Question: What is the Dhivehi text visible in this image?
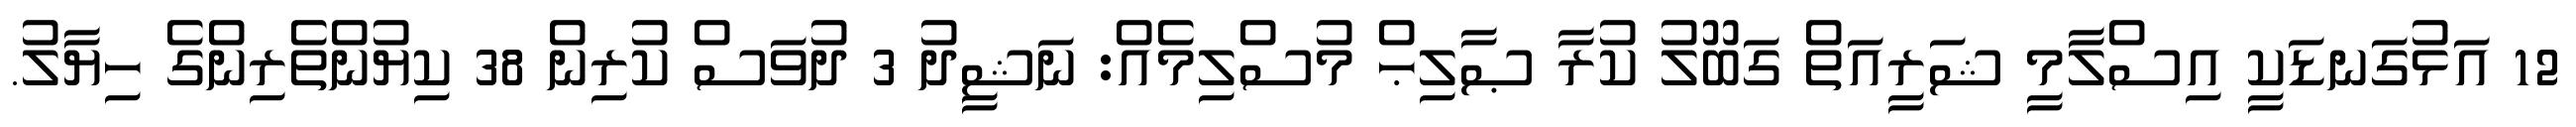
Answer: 12 އަޅުގަނޑަކީ އިސްލާމީ ޝަރީއަތް ގަބޫލު ކުރާ ޞާލިޙް މުސްލިމެއް: ނަޝީދު 3 ދުވަސް ކުރިން 38 ކިޔުންތެރިންގެ ހިޔާލު.